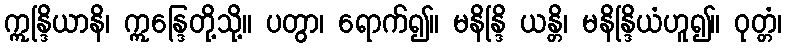
ဣန္ဒြိယာနိ၊ ဣန္ဒြေတို့သို့။ ပတွာ၊ ရောက်၍။ မနိန္ဒြိ ယန္တိ၊ မနိန္ဒြိယံဟူ၍။ ဝုတ္တံ၊